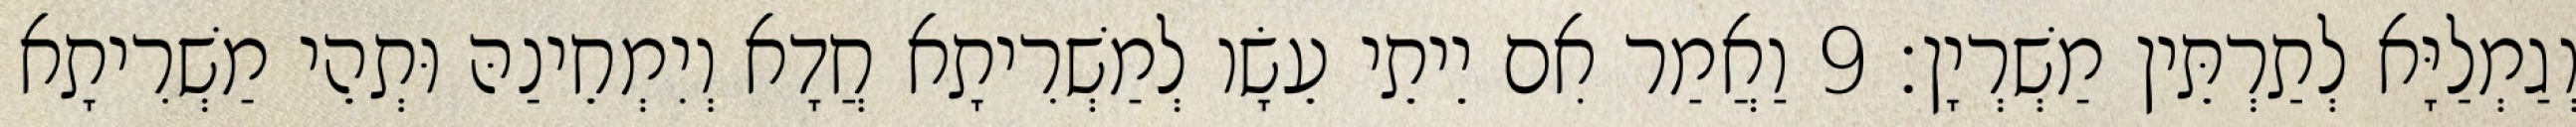
וְגַמְלַיָּא לְתַרְתֵּין מַשְׁרְיָן׃ 9 וַאֲמַר אִם יֵיתֵי עֵשָׂו לְמַשְׁרִיתָא חֲדָא וְיִמְחֵינַהּ וּתְהֵי מַשְׁרִיתָא